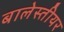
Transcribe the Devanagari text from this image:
बालेस्तीयर